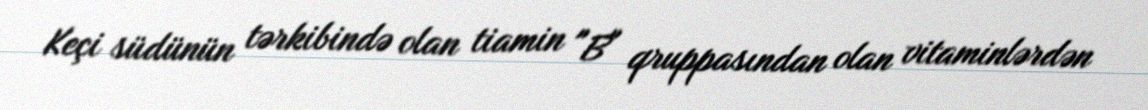
Keçi südünün tərkibində olan tiamin "B" qruppasından olan vitaminlərdən